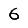
Digit: 6